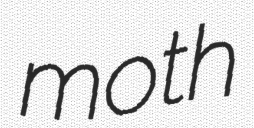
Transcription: moth